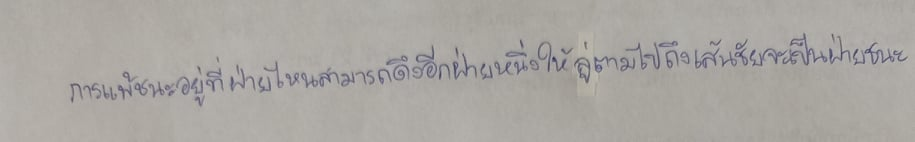
การแพ้ชนะอยู่ที่ฝ่ายไหนสามารถดึงอีกฝ่ายหนึ่งให้ลู่ตามไปถึงเส้นชัยจะเป็นฝ่ายชนะ